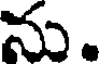
ను.